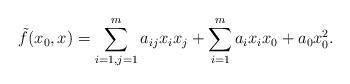
LaTeX: \begin{align*}\tilde f(x_0,x)=\sum_{i=1,j=1}^{m} a_{ij}x_i x_j + \sum_{i=1}^{m} a_ix_i x_0 +a_0 x_0^2.\end{align*}